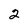
Character: 2